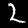
Digit: 2